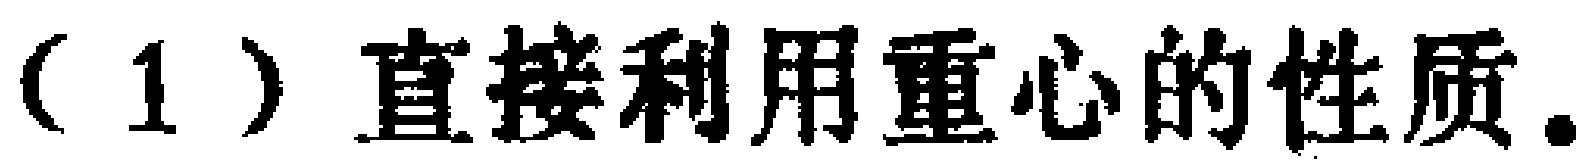
（1）直接利用重心的性质。